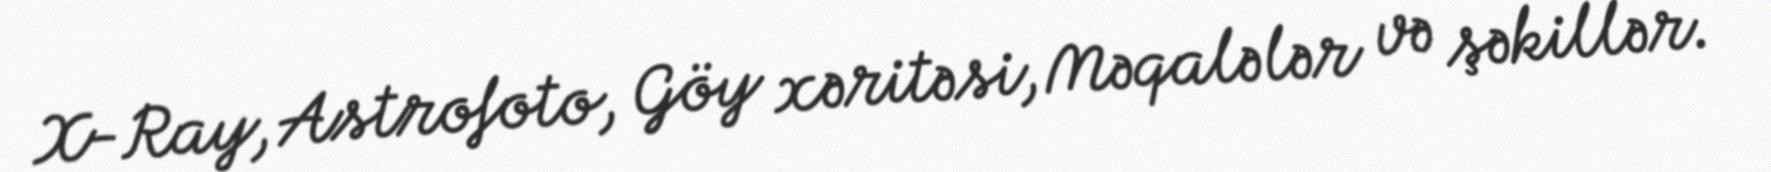
X-Ray, Astrofoto, Göy xəritəsi, Məqalələr və şəkillər.